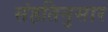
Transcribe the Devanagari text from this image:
संहतिनुसार